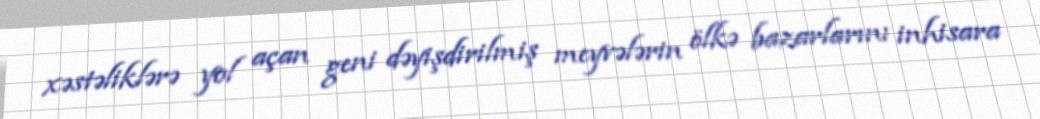
xəstəliklərə yol açan geni dəyişdirilmiş meyvələrin ölkə bazarlarını inhisara